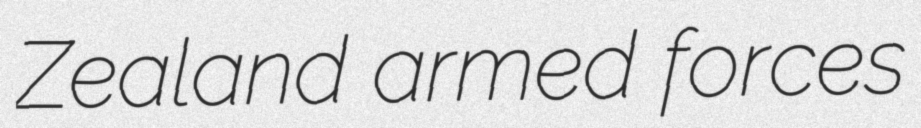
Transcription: Zealand armed forces